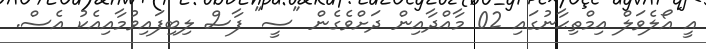
އީ އޯލެވަލް އިމްތިޙާނުގައި 02 މާއްދާއިން ދަށްވެގެން "ސީ" ފާސް ލިބިފައިވުމާއިއެކު އެސް.